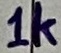
Text: 1k